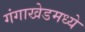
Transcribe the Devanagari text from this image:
गंगाखेडमध्ये